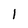
Character: 1